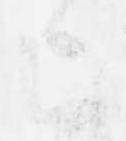
上